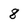
Character: 8